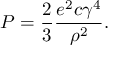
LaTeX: P = \frac { 2 } { 3 } \frac { e ^ { 2 } c \gamma ^ { 4 } } { \rho ^ { 2 } } .